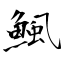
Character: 鯴